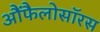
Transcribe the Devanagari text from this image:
आैंफैलोसॉरस